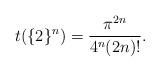
LaTeX: \begin{align*}t(\{2\}^n)=\frac{\pi^{2n}}{4^n(2n)!}.\end{align*}